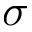
\sigma